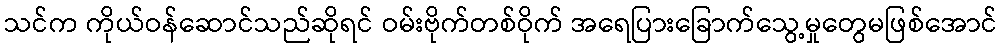
သင်က ကိုယ်ဝန်ဆောင်သည်ဆိုရင် ဝမ်းဗိုက်တစ်ဝိုက် အရေပြားခြောက်သွေ့မှုတွေမဖြစ်အောင်